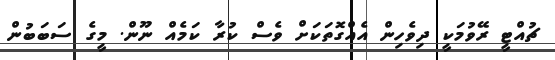
ޗުއްޓީ ރޭވުމަކީ ދިވެހިން އެއްގޮތަކަށް ވެސް ކުރާ ކަމެއް ނޫން. މީގެ ސަބަބުން